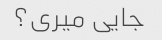
جایی میری؟